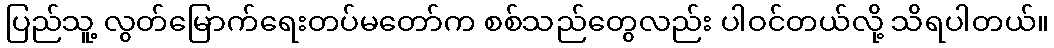
ပြည်သူ့ လွတ်မြောက်ရေးတပ်မတော်က စစ်သည်တွေလည်း ပါဝင်တယ်လို့ သိရပါတယ်။